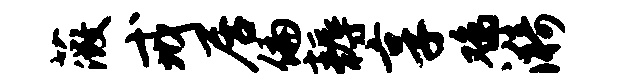
薇戒居偏耨享鸡漪